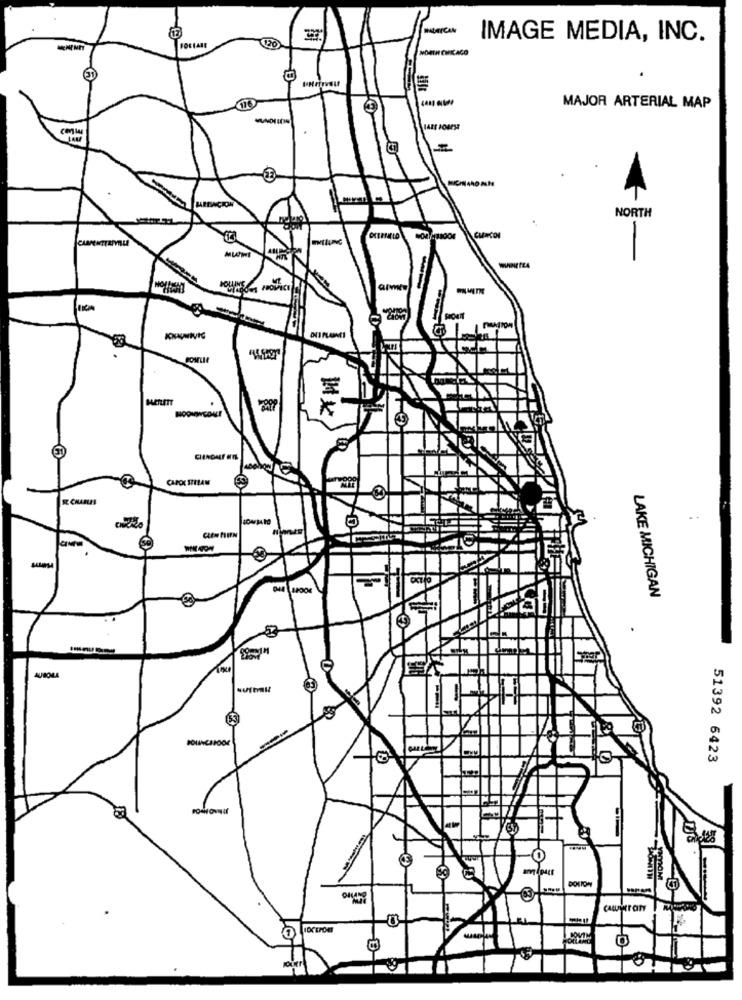
120
IMAGE MEDIA, INC.
31
116
MAJOR ARTERIAL MAP
IARE SOBESE
NORTH
-
CAMA
HOOMINGONE
*
LAKE MICHIGAN
TH
51392 6423
BOLTON
VIOM